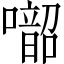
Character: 𱕑